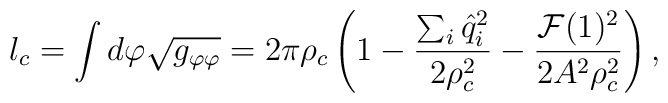
l_c=\int d\varphi \sqrt{g_{\varphi\varphi}} =2\pi \rho_c\left(1-{\sum_i {\hat q}_i^2\over 2\rho_c^2} -{{\cal F}(1)^2 \over2 A^2 \rho_c^2}\right),